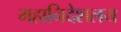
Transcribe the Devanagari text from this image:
महानिदेशलय